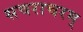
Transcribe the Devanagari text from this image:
सचराचरम्